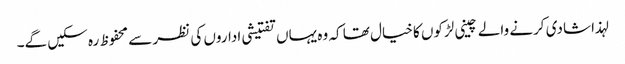
لہذا شادی کرنے والے چینی لڑکوں کا خیال تھا کہ وہ یہاں تفتیشی اداروں کی نظر سے محفوظ رہ سکیں گے۔